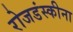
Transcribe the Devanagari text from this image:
रोजडंस्कीना